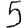
Digit: 5